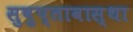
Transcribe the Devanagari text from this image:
सुषुप्तावास्था